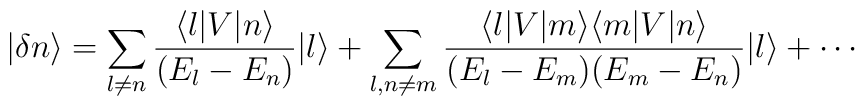
|\delta n\rangle = \sum_{l\neq n} {\langle l|V|n\rangle \over (E_l-E_n)}|l\rangle +\sum_{l,n\neq m}{\langle l|V|m\rangle\langle m|V|n\rangle \over (E_l-E_m)(E_m-E_n)}|l\rangle +\cdots